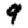
Digit: 9